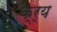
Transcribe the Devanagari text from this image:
क्र्य